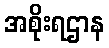
အစိုးရဌာန